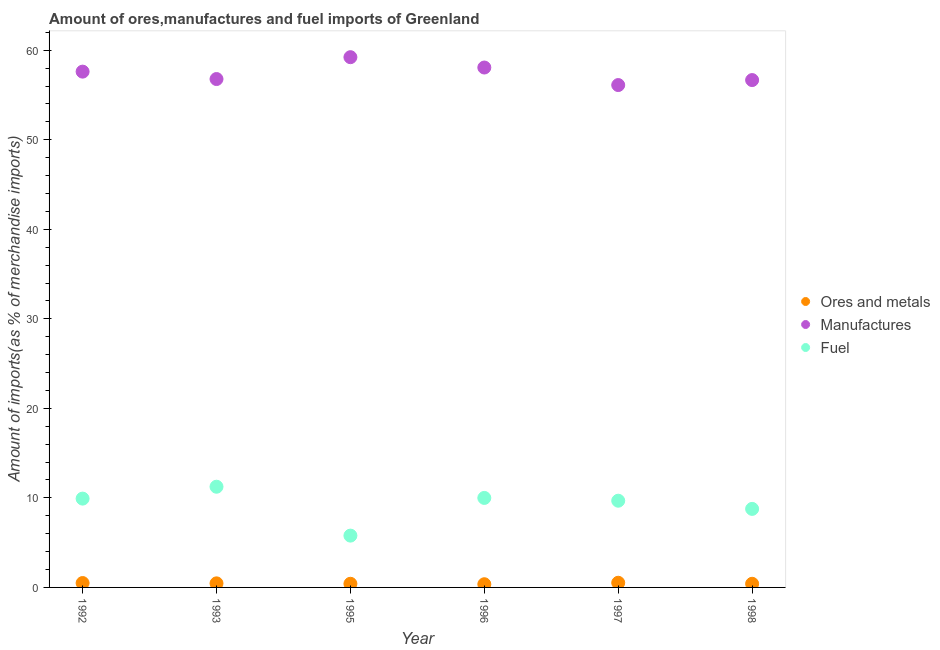
| Year | Ores and metals | Manufactures | Fuel |
 | --- | --- | --- | --- |
 | 1992 | 0.49 | 57.6 | 9.92 |
 | 1993 | 0.455 | 56.8 | 11.2 |
 | 1995 | 0.408 | 59.2 | 5.79 |
 | 1996 | 0.358 | 58.1 | 10 |
 | 1997 | 0.521 | 56.1 | 9.68 |
 | 1998 | 0.407 | 56.7 | 8.77 |